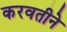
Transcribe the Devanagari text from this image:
करवतीने